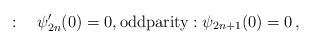
LaTeX: \begin{align*}:\quad\psi'_{2n}(0)=0,\text{oddparity}:\psi_{2n+1}(0)=0\,, \end{align*}